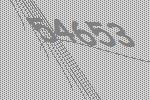
54653